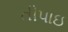
તીપાઇ